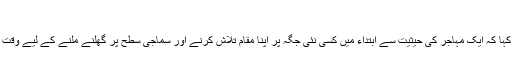
‘‘
انہوں نے مزيد کہا کہ ايک مہاجر کی حيثيت سے ابتداء ميں کسی نئی جگہ پر اپنا مقام تلاش کرنے اور سماجی سطح پر گھلنے ملنے کے ليے وقت درکار ہوتا ہے۔